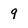
Character: 9